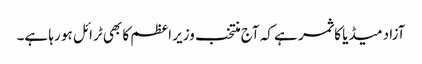
آزاد میڈیا کا ثمر ہے کہ آج منتخب وزیر اعظم کا بھی ٹرائل ہو رہا ہے۔